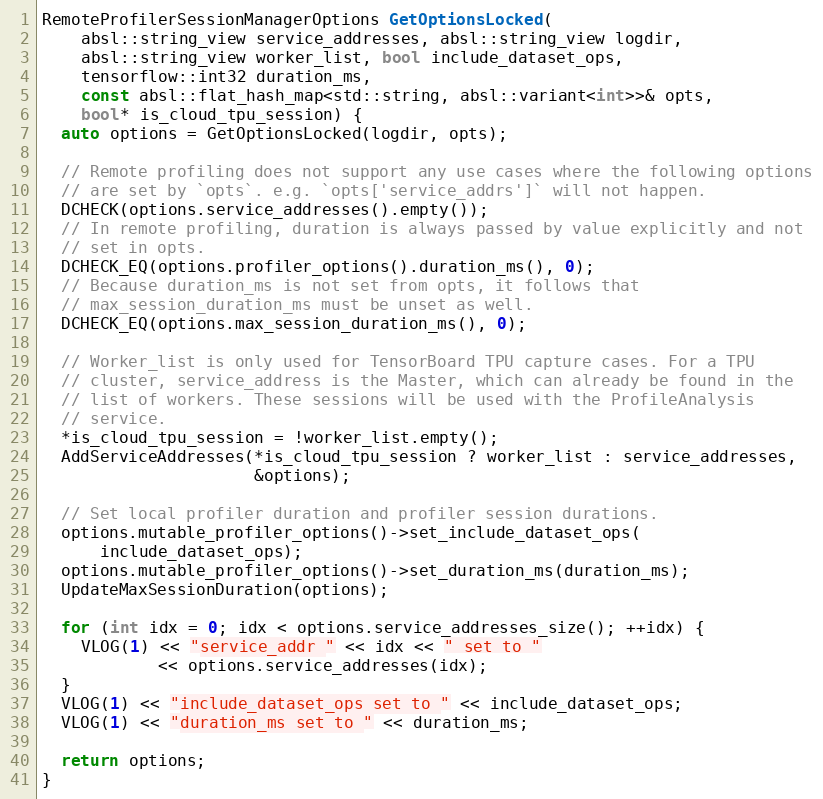
Language: C++
RemoteProfilerSessionManagerOptions GetOptionsLocked(
    absl::string_view service_addresses, absl::string_view logdir,
    absl::string_view worker_list, bool include_dataset_ops,
    tensorflow::int32 duration_ms,
    const absl::flat_hash_map<std::string, absl::variant<int>>& opts,
    bool* is_cloud_tpu_session) {
  auto options = GetOptionsLocked(logdir, opts);

  // Remote profiling does not support any use cases where the following options
  // are set by `opts`. e.g. `opts['service_addrs']` will not happen.
  DCHECK(options.service_addresses().empty());
  // In remote profiling, duration is always passed by value explicitly and not
  // set in opts.
  DCHECK_EQ(options.profiler_options().duration_ms(), 0);
  // Because duration_ms is not set from opts, it follows that
  // max_session_duration_ms must be unset as well.
  DCHECK_EQ(options.max_session_duration_ms(), 0);

  // Worker_list is only used for TensorBoard TPU capture cases. For a TPU
  // cluster, service_address is the Master, which can already be found in the
  // list of workers. These sessions will be used with the ProfileAnalysis
  // service.
  *is_cloud_tpu_session = !worker_list.empty();
  AddServiceAddresses(*is_cloud_tpu_session ? worker_list : service_addresses,
                      &options);

  // Set local profiler duration and profiler session durations.
  options.mutable_profiler_options()->set_include_dataset_ops(
      include_dataset_ops);
  options.mutable_profiler_options()->set_duration_ms(duration_ms);
  UpdateMaxSessionDuration(options);

  for (int idx = 0; idx < options.service_addresses_size(); ++idx) {
    VLOG(1) << "service_addr " << idx << " set to "
            << options.service_addresses(idx);
  }
  VLOG(1) << "include_dataset_ops set to " << include_dataset_ops;
  VLOG(1) << "duration_ms set to " << duration_ms;

  return options;
}